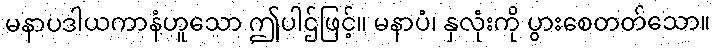
မနာပဒါယကာနံဟူသော ဤပါဌ်ဖြင့်။ မနာပံ၊ နှလုံးကို ပွားစေတတ်သော။